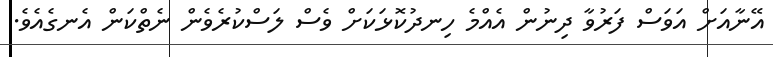
އޭނާއަށް އަވަސް ފަރުވާ ދިނުން އެއްމެ ހިނދުކޮޅަކަށް ވެސް ލަސްކުރެވެން ނެތްކަން އެނގެއެވެ.